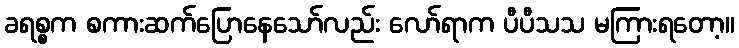
ခရစ္စက စကားဆက်ပြောနေသော်လည်း လော်ရာက ပီပီသသ မကြားရတော့။